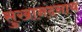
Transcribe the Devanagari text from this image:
सुखानंदनाथ